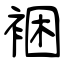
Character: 裍